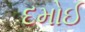
દમોઈ